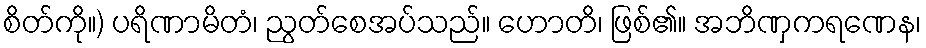
စိတ်ကို။) ပရိဏာမိတံ၊ ညွတ်စေအပ်သည်။ ဟောတိ၊ ဖြစ်၏။ အဘိဏှကရဏေန၊